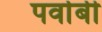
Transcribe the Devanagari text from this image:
पर्वाबी